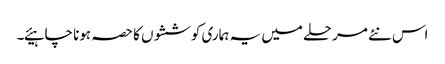
اس نئے مرحلے میں یہ ہماری کوششوں کا حصہ ہونا چاہیئے۔